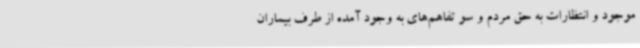
موجود و انتظارات به حق مردم و سو تفاهم‌های به وجود آمده از طرف بیماران